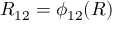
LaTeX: R _ { 1 2 } = \phi _ { 1 2 } ( R )